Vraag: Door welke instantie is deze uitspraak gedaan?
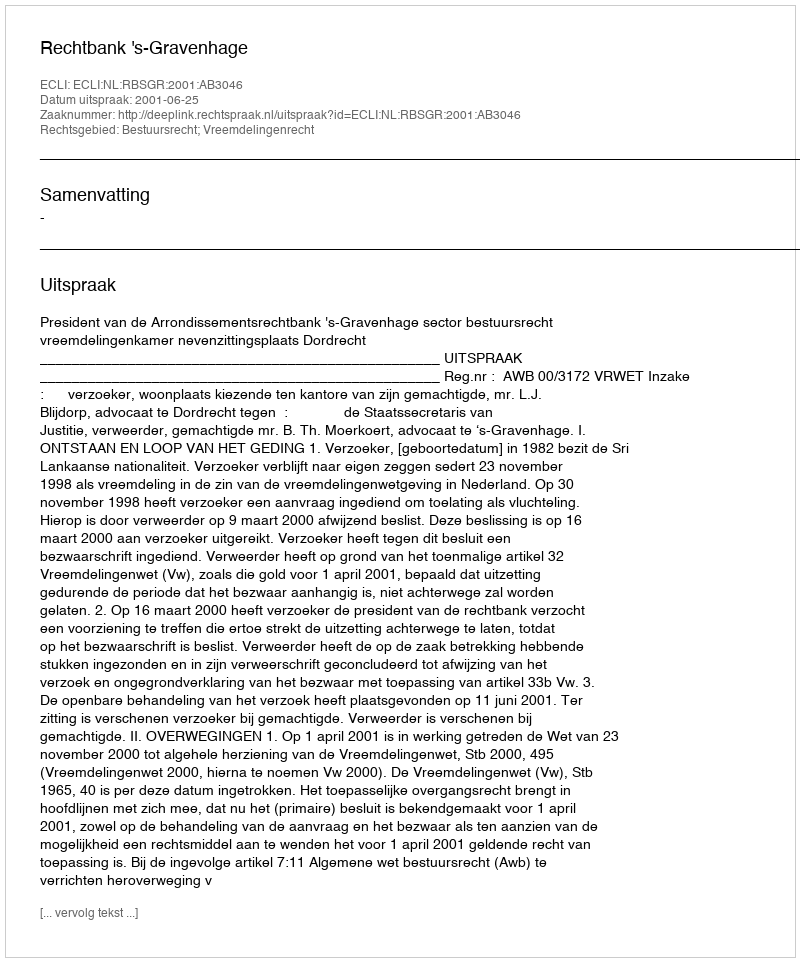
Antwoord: Rechtbank 's-Gravenhage